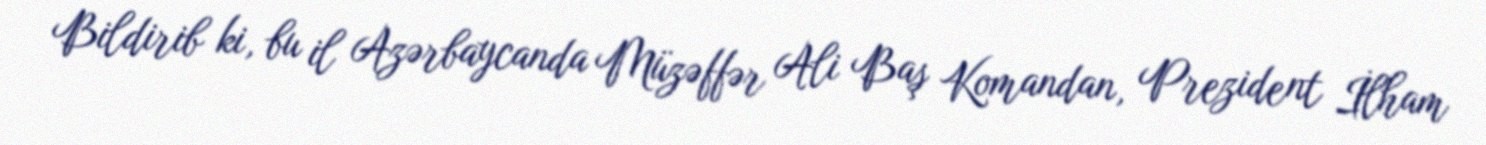
Bildirib ki, bu il Azərbaycanda Müzəffər Ali Baş Komandan, Prezident İlham